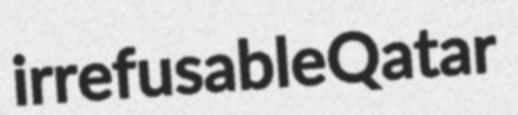
irrefusable Qatar